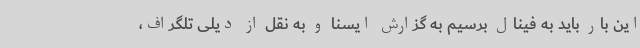
این بار باید به فینال برسیم به گزارش ایسنا و به نقل از دیلی تلگراف،